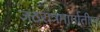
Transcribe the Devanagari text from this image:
जठरांत्रमार्गातील